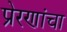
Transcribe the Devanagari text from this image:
प्रेरणांचा